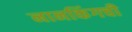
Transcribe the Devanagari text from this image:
नानकिंगची